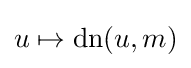
u\mapsto \operatorname {dn} (u,m)